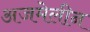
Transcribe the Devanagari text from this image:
अजमेलीन